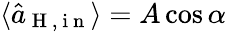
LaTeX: \langle\hat{a}_{\mathrm{~H~,~i~n~}}\rangle=A\cos{\alpha}